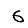
Digit: 6